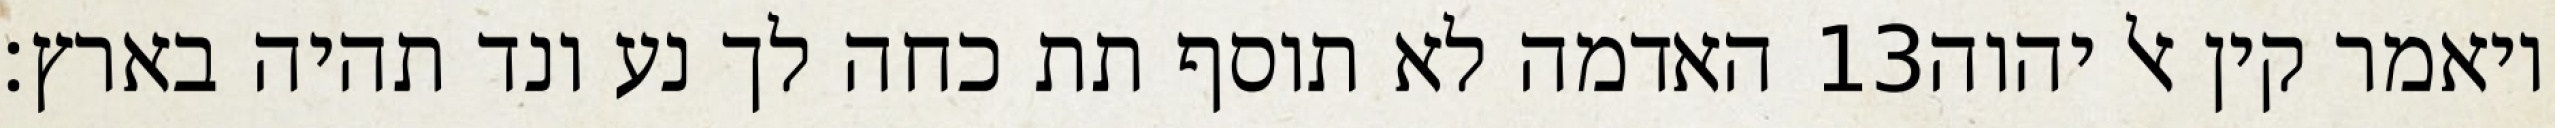
האדמה לא תוסף תת כחה לך נע ונד תהיה בארץ׃ ‎13‏ ויאמר קין אל יהוה